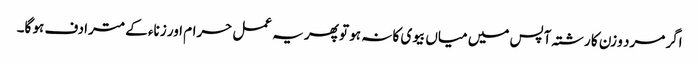
اگر مرد و زن کا رشتہ آپس میں میاں بیوی کا نہ ہو تو پھر یہ عمل حرام اور زناء کے مترادف ہو گا۔